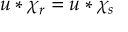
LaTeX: u * \chi _ { r } = u * \chi _ { s }